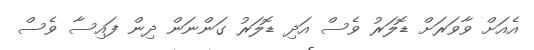
އެއަށް ވާވަރަށް ޑޮލަރު ވެސް އަދި ޑޮލަރު ގަންނަން ދިން ފައިސާ ވެސް